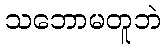
သဘောမတူဘဲ